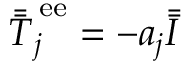
\bar { \bar { T } } _ { j } ^ { \, \mathrm { e e } } = - a _ { j } \bar { \bar { I } }